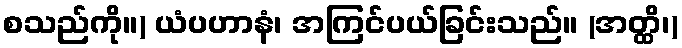
စသည်ကို။) ယံပဟာနံ၊ အကြင်ပယ်ခြင်းသည်။ (အတ္ထိ၊)